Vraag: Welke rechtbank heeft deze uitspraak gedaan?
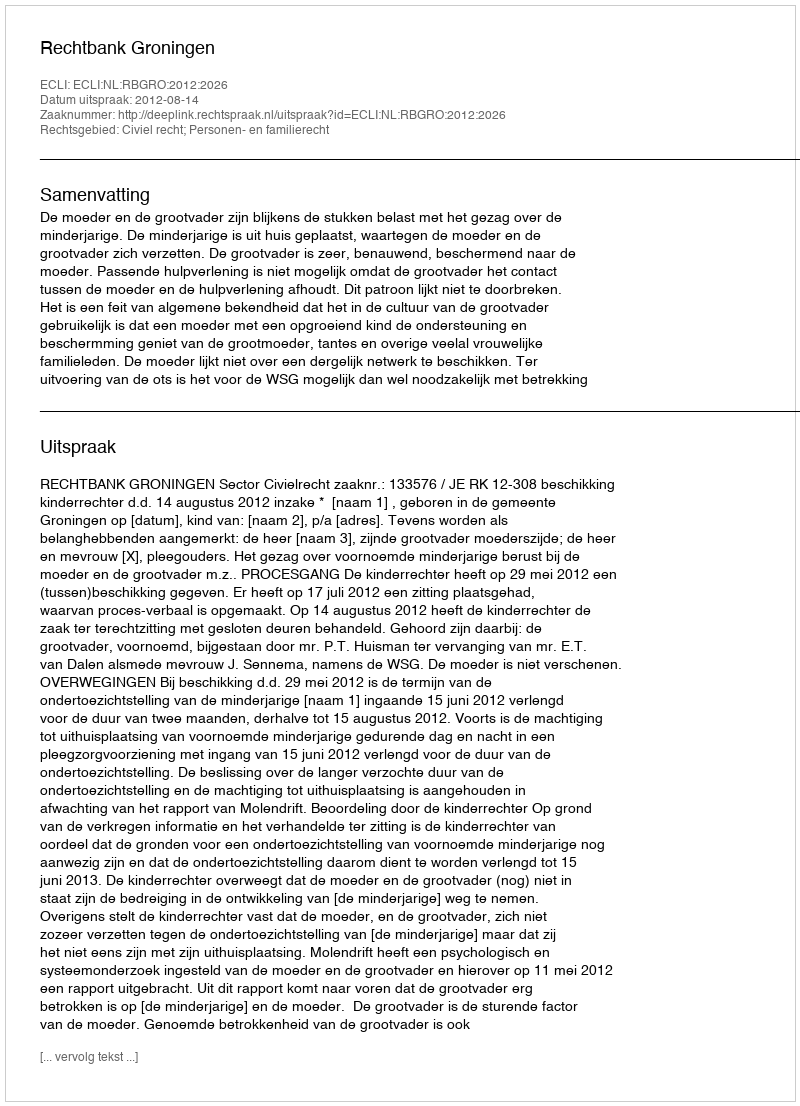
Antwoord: Rechtbank Groningen